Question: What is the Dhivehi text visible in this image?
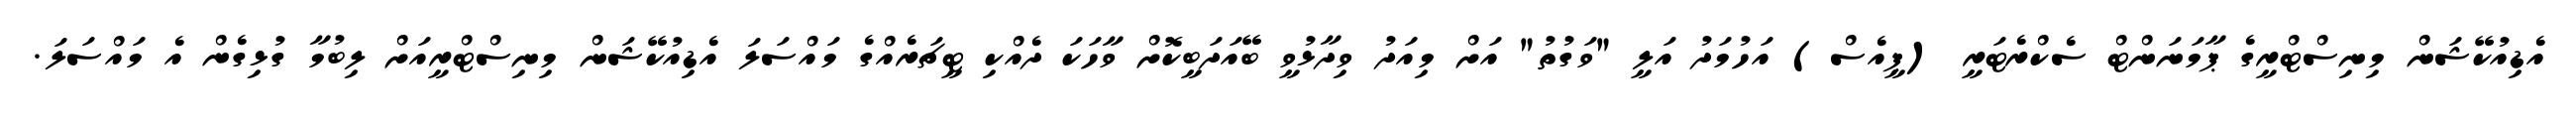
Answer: އެޑިއުކޭޝަން މިނިސްޓްރީގެ ޕާމަނަންޓް ސެކްރެޓަރީ (ޕީއެސް) އަހުމަދު އަލީ "ވަގުތު" އަށް މިއަދު ވިދާޅުވީ ބޭއަދަބީކޮށް ވާހަކަ ދެއްކި ޓީޗަރެއްގެ މައްސަލަ އެޑިއުކޭޝަން މިނިސްޓްރީއަށް ލިބުމާ ގުޅިގެން އެ މައްސަލަ.